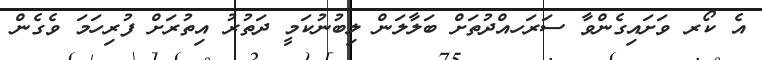
އެ ކޯރ ވަށައިގެންވާ ސަރަހއްދުތަށް ބަލާލަން ލިބުނުކަމީ ދަތުރު އިތުރަށް ފުރިހަމަ ވެގެން